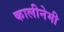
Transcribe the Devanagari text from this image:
कालीनेमी